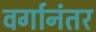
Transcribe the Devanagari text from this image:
वर्गानंतर